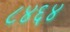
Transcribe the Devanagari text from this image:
८४६४